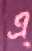
এ্